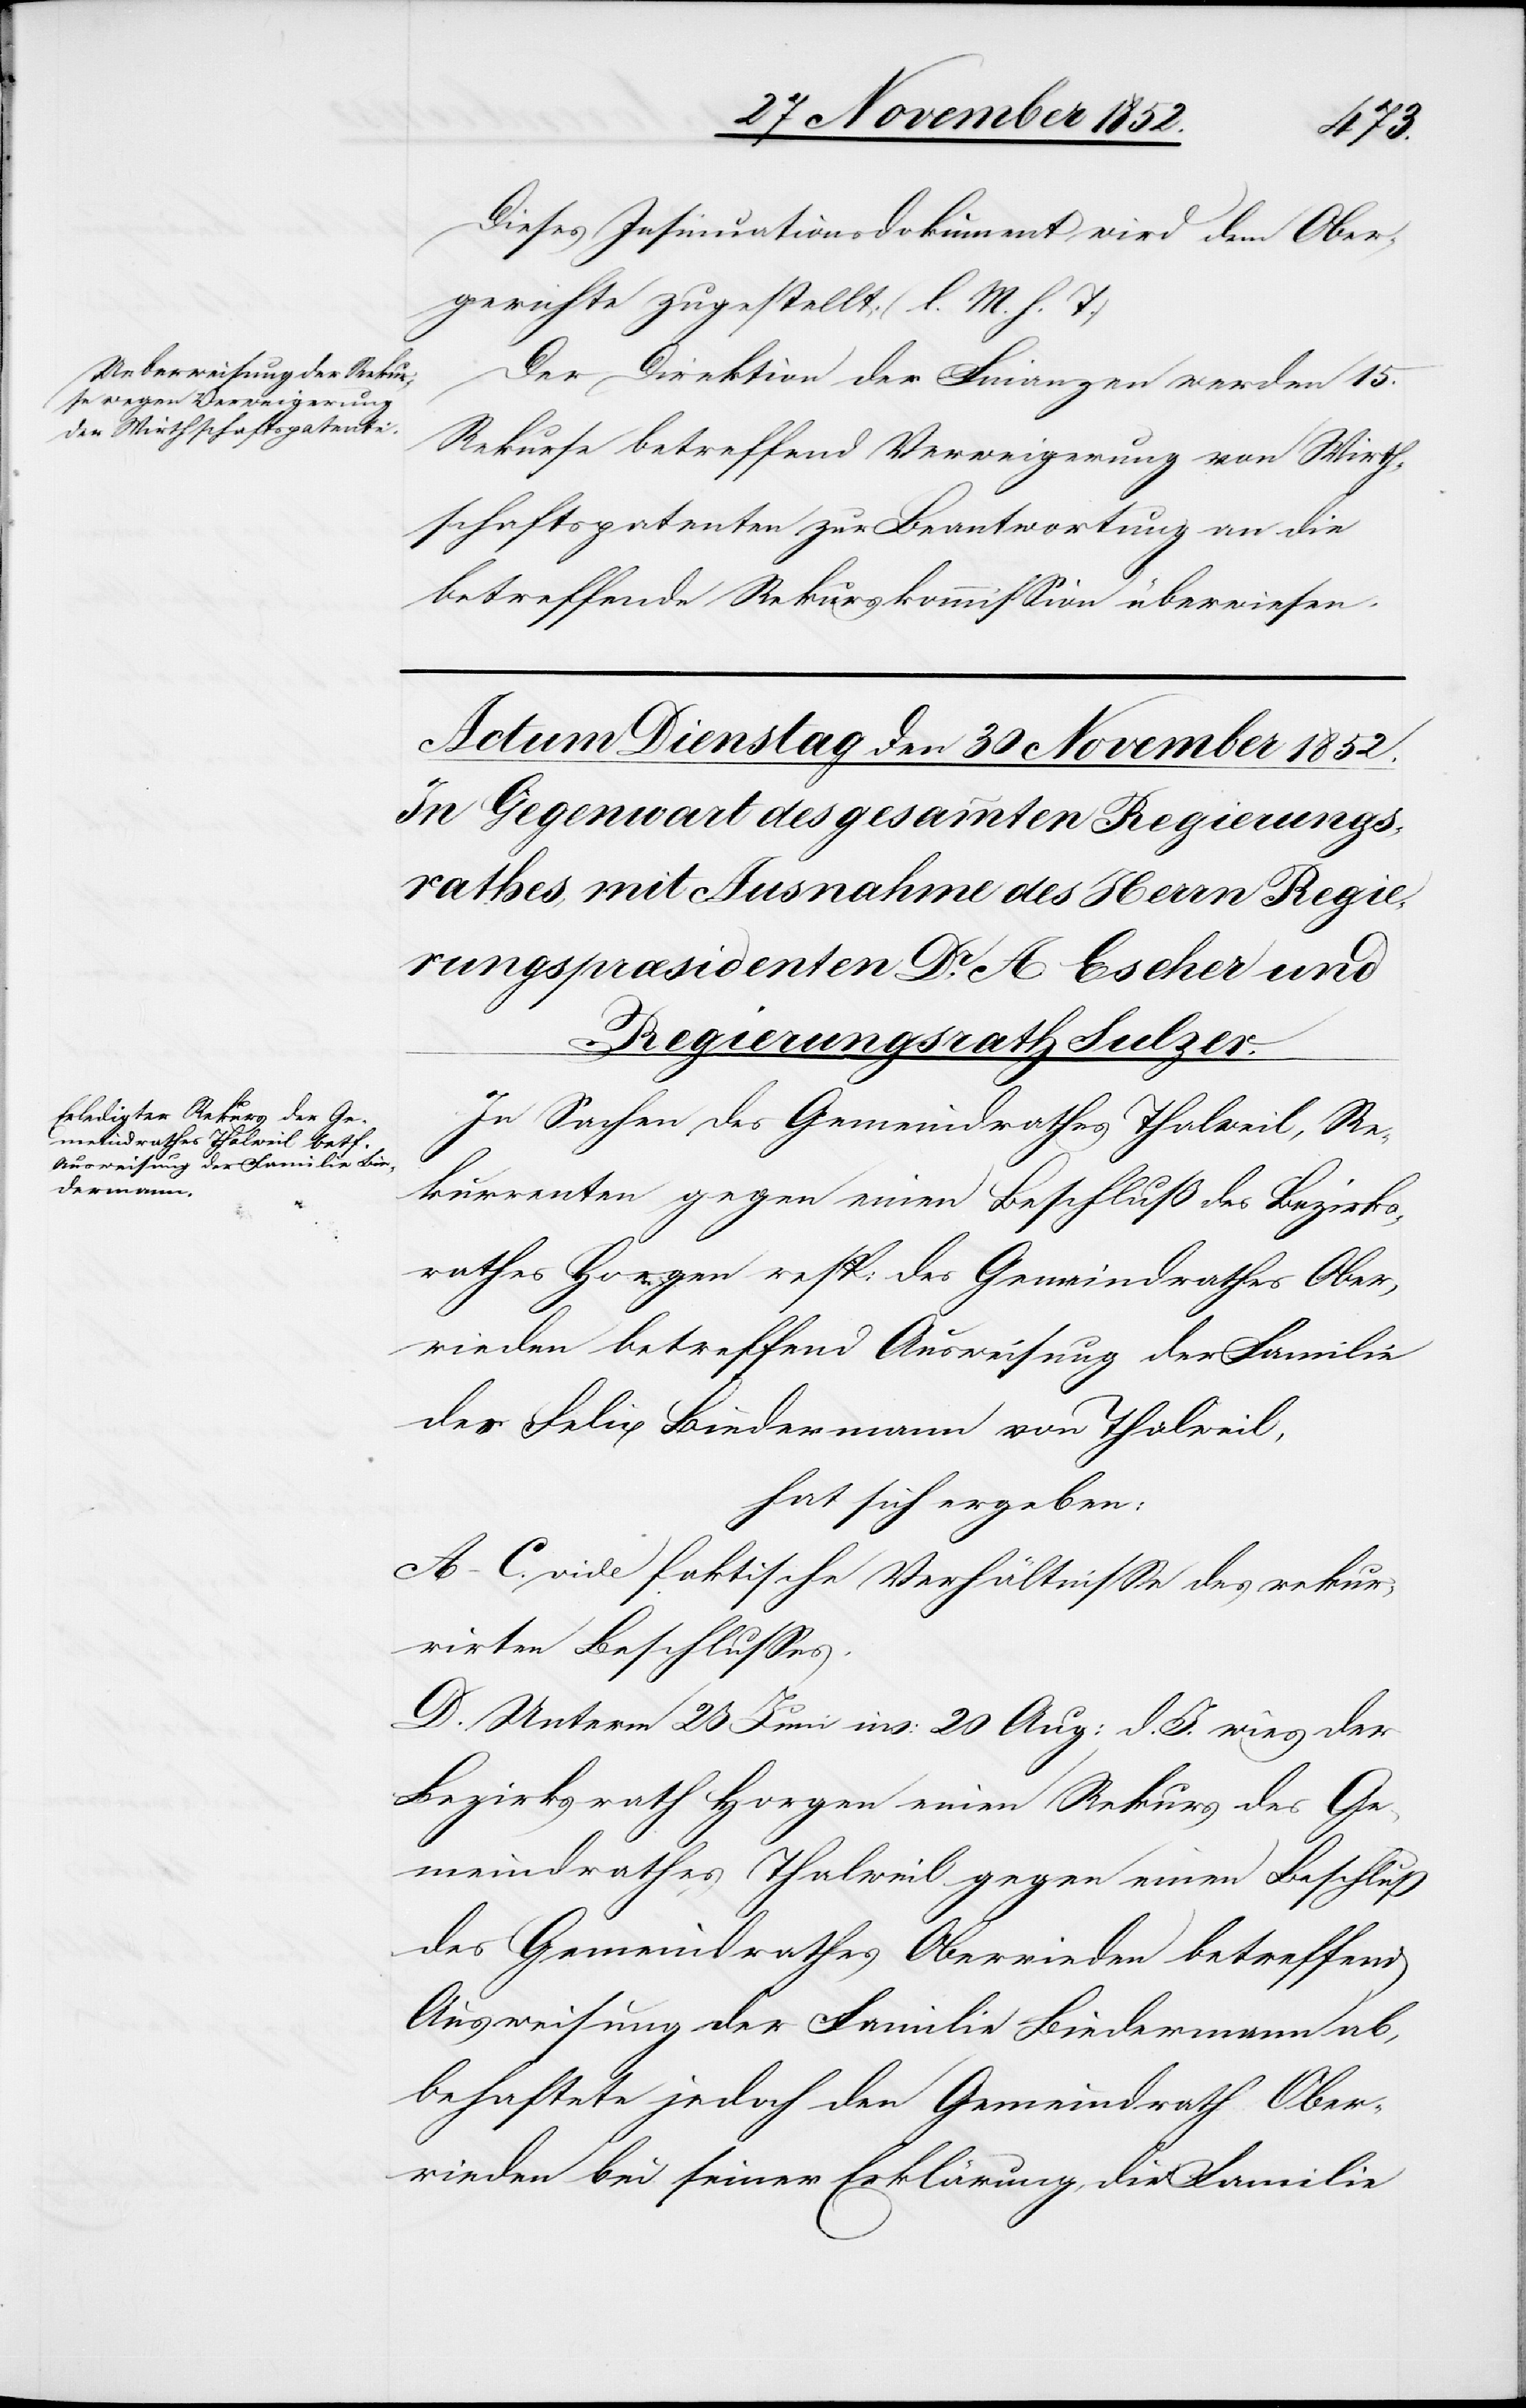
29 November 1852.]
Dieses Insinuationsdokument wird dem Ober¬
gerichte zugestellt. (l. M. h. T.)
Der Direktion der Finanzen werden 15.
Rekurse betreffend Verweigerung von Wirth¬
schaftspatenten zur Beantwortung an die
betreffende Rekurskommission überwiesen.
In Sachen des Gemeindrathes Thalweil, Re¬
kurrenten gegen einen Beschluß des Bezirks¬
rathes Horgen resp: des Gemeindrathes Ober¬
rieden betreffend Ausweisung der Familie
des Felix Biedermann von Thalweil,
hat sich ergeben:
A–C. vide faktische Verhältnisse des rekur¬
rirten Beschlusses.
D. Unterm 25 Juni ins: 20 Aug: d. J. wies der
Bezirksrath Horgen einen Rekurs des Ge¬
meindrathes Thalweil gegen einen Beschluß
des Gemeindrathes Oberrieden betreffend
Ausweisung der Familie Biedermann ab,
behaftete jedoch den Gemeindrath Ober¬
rieden bei seiner Erklärung, die Familie